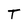
Character: T